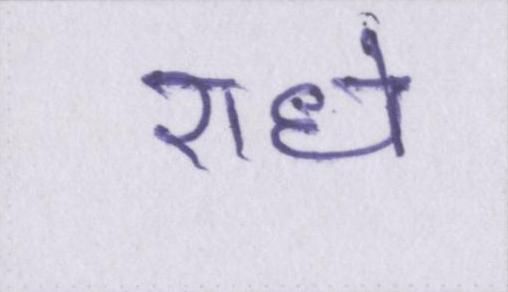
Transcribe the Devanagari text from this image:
राधे